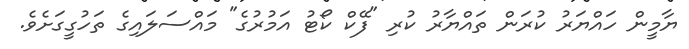
ޔާމީން ހައްޔަރު ކުރަން ތައްޔާރު ކުރި "ފޭކް ކޯޓު އަމުރުގެ" މައްސަލައިގެ ތަހުގީގަށެވެ.